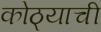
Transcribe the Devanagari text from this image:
कोठ्याची